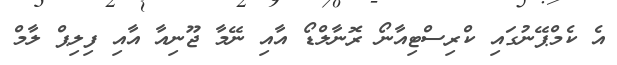
އެ ކެމްޕޭނުގައި ކްރިސްޓިއާނޯ ރޮނާލްޑޯ އާއި ނޭމާ ޖޫނިއާ އާއި ފިލިޕް ލާމް